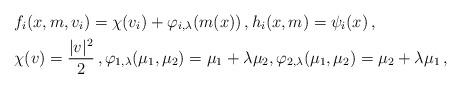
LaTeX: \begin{align*}&f_i(x,m,v_i) = \chi(v_i) + \varphi_{i,\lambda}(m(x)) \, , h_i(x,m) = \psi_i(x) \, ,\\&\chi(v) = \frac{|v|^2}{2} \, , \varphi_{1,\lambda}(\mu_1,\mu_2) = \mu_1 + \lambda \mu_{2}, \varphi_{2,\lambda}(\mu_1,\mu_2) = \mu_2 + \lambda \mu_{1} \, , \end{align*}